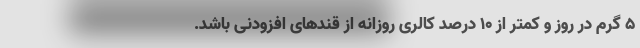
5 گرم در روز و کمتر از 10 درصد کالری روزانه از قندهای افزودنی باشد.